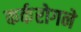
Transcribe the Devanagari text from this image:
कर्करोगने